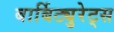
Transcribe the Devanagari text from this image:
बार्बिट्युरेट्स